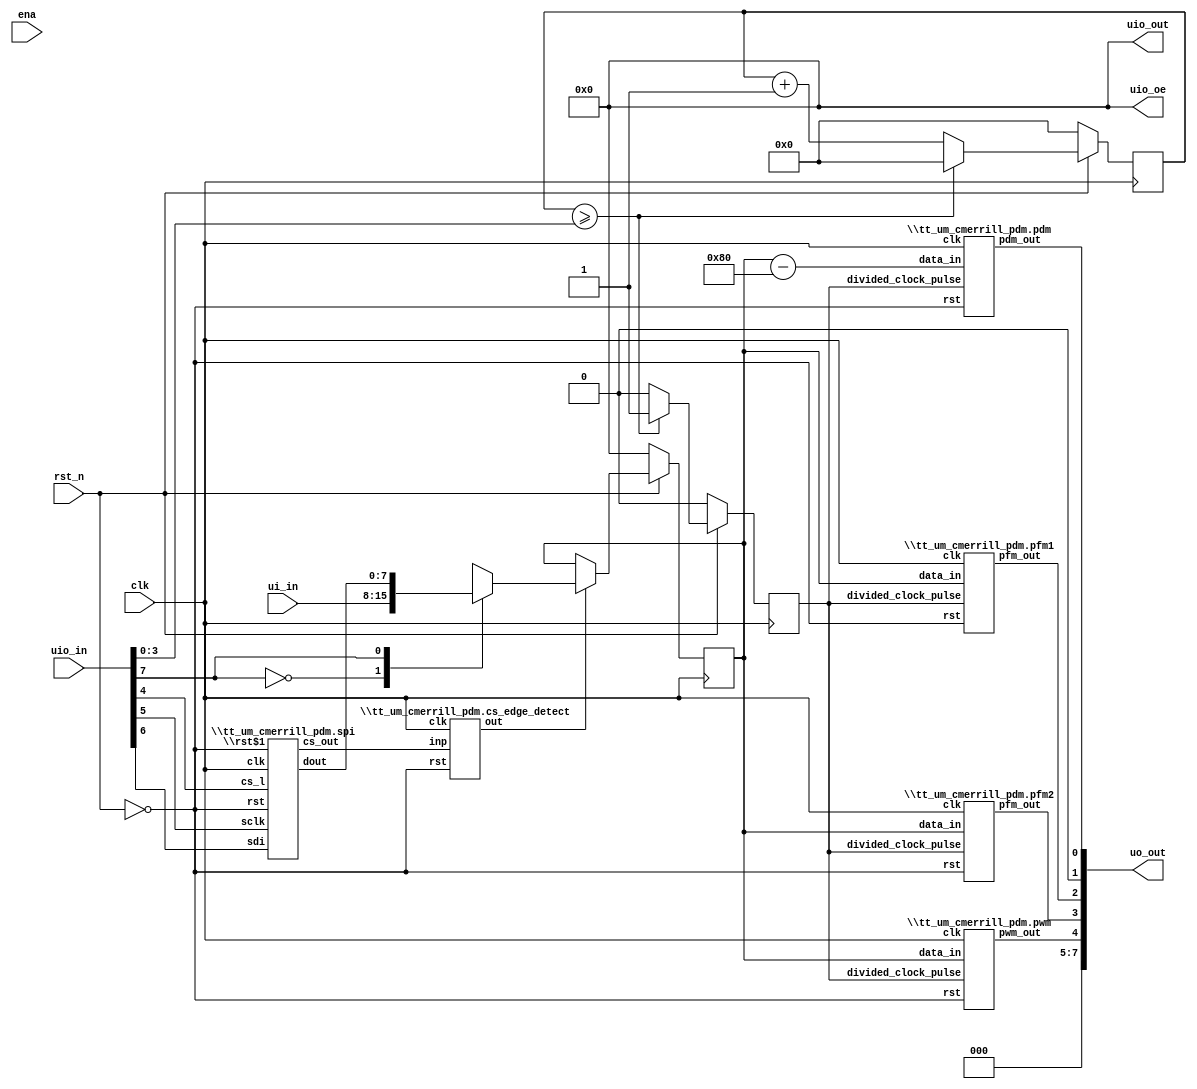
/* Generated by Amaranth Yosys 0.35 (PyPI ver 0.35.0.0.post81, git sha1 cc31c6ebc) */

(* top =  1  *)
(* generator = "Amaranth" *)
module tt_um_cmerrill_pdm(uo_out, uio_in, uio_out, uio_oe, ena, clk, rst_n, ui_in);
  reg \$auto$verilog_backend.cc:2189:dump_module$1  = 0;
  wire [9:0] \$11 ;
  wire [8:0] \$12 ;
  wire [9:0] \$14 ;
  wire \$2 ;
  wire \$4 ;
  wire [4:0] \$6 ;
  wire [4:0] \$7 ;
  wire \$9 ;
  input clk;
  wire clk;
  wire \clk$1 ;
  wire [3:0] clock_div;
  reg [3:0] clock_div_counter = 4'h0;
  reg [3:0] \clock_div_counter$next ;
  wire cs_edge_detect_inp;
  wire cs_edge_detect_out;
  input ena;
  wire ena;
  wire [7:0] pdm_data_in;
  reg pdm_divided_clock_pulse = 1'h0;
  reg \pdm_divided_clock_pulse$next ;
  wire pdm_pdm_out;
  wire [7:0] pfm1_data_in;
  wire pfm1_pfm_out;
  wire [7:0] pfm2_data_in;
  wire pfm2_pfm_out;
  wire [7:0] pwm_data_in;
  wire pwm_pwm_out;
  wire rst;
  input rst_n;
  wire rst_n;
  wire spi_cs_l;
  wire spi_cs_out;
  wire [7:0] spi_dout;
  wire spi_rst;
  wire spi_sclk;
  wire spi_sdi;
  input [7:0] ui_in;
  wire [7:0] ui_in;
  reg [7:0] ui_in_sel = 8'h00;
  reg [7:0] \ui_in_sel$next ;
  reg [7:0] ui_in_sel_mux;
  input [7:0] uio_in;
  wire [7:0] uio_in;
  output [7:0] uio_oe;
  wire [7:0] uio_oe;
  output [7:0] uio_out;
  wire [7:0] uio_out;
  output [7:0] uo_out;
  wire [7:0] uo_out;
  assign \$9  = clock_div_counter >= clock_div;
  assign \$12  = + ui_in_sel;
  assign \$14  = $signed(\$12 ) - $signed(9'h180);
  always @(posedge \clk$1 )
    ui_in_sel <= \ui_in_sel$next ;
  always @(posedge \clk$1 )
    clock_div_counter <= \clock_div_counter$next ;
  always @(posedge \clk$1 )
    pdm_divided_clock_pulse <= \pdm_divided_clock_pulse$next ;
  assign \$2  = ~ rst_n;
  assign \$4  = clock_div_counter >= clock_div;
  assign \$7  = clock_div_counter + 1'h1;
  \tt_um_cmerrill_pdm.cs_edge_detect  cs_edge_detect (
    .clk(\clk$1 ),
    .inp(cs_edge_detect_inp),
    .out(cs_edge_detect_out),
    .rst(rst)
  );
  \tt_um_cmerrill_pdm.pdm  pdm (
    .clk(\clk$1 ),
    .data_in(pdm_data_in),
    .divided_clock_pulse(pdm_divided_clock_pulse),
    .pdm_out(pdm_pdm_out),
    .rst(rst)
  );
  \tt_um_cmerrill_pdm.pfm1  pfm1 (
    .clk(\clk$1 ),
    .data_in(pfm1_data_in),
    .divided_clock_pulse(pdm_divided_clock_pulse),
    .pfm_out(pfm1_pfm_out),
    .rst(rst)
  );
  \tt_um_cmerrill_pdm.pfm2  pfm2 (
    .clk(\clk$1 ),
    .data_in(pfm2_data_in),
    .divided_clock_pulse(pdm_divided_clock_pulse),
    .pfm_out(pfm2_pfm_out),
    .rst(rst)
  );
  \tt_um_cmerrill_pdm.pwm  pwm (
    .clk(\clk$1 ),
    .data_in(pwm_data_in),
    .divided_clock_pulse(pdm_divided_clock_pulse),
    .pwm_out(pwm_pwm_out),
    .rst(rst)
  );
  \tt_um_cmerrill_pdm.spi  spi (
    .clk(\clk$1 ),
    .cs_l(spi_cs_l),
    .cs_out(spi_cs_out),
    .dout(spi_dout),
    .rst(rst),
    .\rst$1 (spi_rst),
    .sclk(spi_sclk),
    .sdi(spi_sdi)
  );
  always @* begin
    if (\$auto$verilog_backend.cc:2189:dump_module$1 ) begin end
    (* full_case = 32'd1 *)
    casez (uio_in[7])
      1'h0:
          ui_in_sel_mux = ui_in;
      1'h1:
          ui_in_sel_mux = spi_dout;
    endcase
  end
  always @* begin
    if (\$auto$verilog_backend.cc:2189:dump_module$1 ) begin end
    \ui_in_sel$next  = ui_in_sel;
    casez (cs_edge_detect_out)
      1'h1:
          \ui_in_sel$next  = ui_in_sel_mux;
    endcase
    casez (rst)
      1'h1:
          \ui_in_sel$next  = 8'h00;
    endcase
  end
  always @* begin
    if (\$auto$verilog_backend.cc:2189:dump_module$1 ) begin end
    (* full_case = 32'd1 *)
    casez (\$4 )
      1'h1:
          \clock_div_counter$next  = 4'h0;
      default:
          \clock_div_counter$next  = \$7 [3:0];
    endcase
    casez (rst)
      1'h1:
          \clock_div_counter$next  = 4'h0;
    endcase
  end
  always @* begin
    if (\$auto$verilog_backend.cc:2189:dump_module$1 ) begin end
    (* full_case = 32'd1 *)
    casez (\$9 )
      1'h1:
          \pdm_divided_clock_pulse$next  = 1'h1;
      default:
          \pdm_divided_clock_pulse$next  = 1'h0;
    endcase
    casez (rst)
      1'h1:
          \pdm_divided_clock_pulse$next  = 1'h0;
    endcase
  end
  assign \$6  = \$7 ;
  assign \$11  = \$14 ;
  assign pfm2_data_in = ui_in_sel;
  assign pfm1_data_in = ui_in_sel;
  assign pwm_data_in = ui_in_sel;
  assign pdm_data_in = \$14 [7:0];
  assign clock_div = uio_in[3:0];
  assign cs_edge_detect_inp = spi_cs_out;
  assign spi_sdi = uio_in[6];
  assign spi_sclk = uio_in[5];
  assign spi_cs_l = uio_in[4];
  assign spi_rst = rst;
  assign uo_out[3] = pfm2_pfm_out;
  assign uo_out[2] = pfm1_pfm_out;
  assign uo_out[4] = pwm_pwm_out;
  assign uo_out[0] = pdm_pdm_out;
  assign { uo_out[7:5], uo_out[1] } = 4'h0;
  assign uio_out = 8'h00;
  assign uio_oe = 8'h00;
  assign rst = \$2 ;
  assign \clk$1  = clk;
endmodule

(* generator = "Amaranth" *)
module \tt_um_cmerrill_pdm.cs_edge_detect (rst, inp, out, clk);
  reg \$auto$verilog_backend.cc:2189:dump_module$2  = 0;
  wire \$1 ;
  wire \$3 ;
  input clk;
  wire clk;
  input inp;
  wire inp;
  reg input_buf = 1'h0;
  reg \input_buf$next ;
  output out;
  wire out;
  input rst;
  wire rst;
  assign \$1  = ~ input_buf;
  assign \$3  = \$1  & inp;
  always @(posedge clk)
    input_buf <= \input_buf$next ;
  always @* begin
    if (\$auto$verilog_backend.cc:2189:dump_module$2 ) begin end
    \input_buf$next  = inp;
    casez (rst)
      1'h1:
          \input_buf$next  = 1'h0;
    endcase
  end
  assign out = \$3 ;
endmodule

(* generator = "Amaranth" *)
module \tt_um_cmerrill_pdm.pdm (rst, divided_clock_pulse, data_in, pdm_out, clk);
  reg \$auto$verilog_backend.cc:2189:dump_module$3  = 0;
  wire [9:0] \$1 ;
  wire \$10 ;
  wire \$12 ;
  wire [8:0] \$2 ;
  wire [9:0] \$4 ;
  wire \$6 ;
  wire \$8 ;
  input clk;
  wire clk;
  input [7:0] data_in;
  wire [7:0] data_in;
  reg [7:0] data_out;
  input divided_clock_pulse;
  wire divided_clock_pulse;
  reg [8:0] error = 9'h000;
  reg [8:0] \error$next ;
  reg [7:0] error_out;
  output pdm_out;
  reg pdm_out = 1'h0;
  reg \pdm_out$next ;
  input rst;
  wire rst;
  assign \$10  = $signed(error_out) >= $signed(8'h00);
  assign \$12  = $signed(error_out) >= $signed(8'h00);
  always @(posedge clk)
    error <= \error$next ;
  always @(posedge clk)
    pdm_out <= \pdm_out$next ;
  assign \$2  = $signed(error_out) - $signed(data_out);
  assign \$4  = $signed(data_in) + $signed(\$2 );
  assign \$6  = $signed(error) > $signed(9'h07f);
  assign \$8  = $signed(error) < $signed(8'h80);
  always @* begin
    if (\$auto$verilog_backend.cc:2189:dump_module$3 ) begin end
    \error$next  = \$4 [8:0];
    casez (divided_clock_pulse)
      1'h0:
          \error$next  = error;
    endcase
    casez (rst)
      1'h1:
          \error$next  = 9'h000;
    endcase
  end
  always @* begin
    if (\$auto$verilog_backend.cc:2189:dump_module$3 ) begin end
    (* full_case = 32'd1 *)
    casez ({ \$8 , \$6  })
      2'b?1:
          error_out = 8'h7f;
      2'b1?:
          error_out = 8'h80;
      default:
          error_out = error[7:0];
    endcase
  end
  always @* begin
    if (\$auto$verilog_backend.cc:2189:dump_module$3 ) begin end
    (* full_case = 32'd1 *)
    casez (\$10 )
      1'h1:
          data_out = 8'h7f;
      default:
          data_out = 8'h80;
    endcase
  end
  always @* begin
    if (\$auto$verilog_backend.cc:2189:dump_module$3 ) begin end
    (* full_case = 32'd1 *)
    casez (\$12 )
      1'h1:
          \pdm_out$next  = 1'h1;
      default:
          \pdm_out$next  = 1'h0;
    endcase
    casez (divided_clock_pulse)
      1'h0:
          \pdm_out$next  = pdm_out;
    endcase
    casez (rst)
      1'h1:
          \pdm_out$next  = 1'h0;
    endcase
  end
  assign \$1  = \$4 ;
endmodule

(* generator = "Amaranth" *)
module \tt_um_cmerrill_pdm.pfm1 (rst, divided_clock_pulse, data_in, pfm_out, clk);
  reg \$auto$verilog_backend.cc:2189:dump_module$4  = 0;
  wire [8:0] \$1 ;
  wire \$10 ;
  wire [8:0] \$12 ;
  wire \$14 ;
  wire \$16 ;
  wire \$18 ;
  wire [8:0] \$2 ;
  wire [9:0] \$20 ;
  wire [9:0] \$21 ;
  wire [8:0] \$4 ;
  wire \$6 ;
  wire \$8 ;
  input clk;
  wire clk;
  input [7:0] data_in;
  wire [7:0] data_in;
  input divided_clock_pulse;
  wire divided_clock_pulse;
  reg [8:0] pfm_counter = 9'h000;
  reg [8:0] \pfm_counter$next ;
  wire [7:0] pfm_in;
  output pfm_out;
  reg pfm_out = 1'h0;
  reg \pfm_out$next ;
  input rst;
  wire rst;
  assign \$10  = \$6  & \$8 ;
  assign \$14  = \$12  >= pfm_in;
  assign \$18  = \$14  & \$16 ;
  assign \$21  = pfm_counter + 1'h1;
  always @(posedge clk)
    pfm_out <= \pfm_out$next ;
  always @(posedge clk)
    pfm_counter <= \pfm_counter$next ;
  assign \$2  = 8'hff - data_in;
  assign \$6  = \$4  >= pfm_in;
  always @* begin
    if (\$auto$verilog_backend.cc:2189:dump_module$4 ) begin end
    (* full_case = 32'd1 *)
    casez (\$10 )
      1'h1:
          \pfm_out$next  = 1'h1;
      default:
          \pfm_out$next  = 1'h0;
    endcase
    casez (divided_clock_pulse)
      1'h0:
          \pfm_out$next  = pfm_out;
    endcase
    casez (rst)
      1'h1:
          \pfm_out$next  = 1'h0;
    endcase
  end
  always @* begin
    if (\$auto$verilog_backend.cc:2189:dump_module$4 ) begin end
    (* full_case = 32'd1 *)
    casez (\$18 )
      1'h1:
          \pfm_counter$next  = 9'h000;
      default:
          \pfm_counter$next  = \$21 [8:0];
    endcase
    casez (divided_clock_pulse)
      1'h0:
          \pfm_counter$next  = pfm_counter;
    endcase
    casez (rst)
      1'h1:
          \pfm_counter$next  = 9'h000;
    endcase
  end
  assign \$1  = \$2 ;
  assign \$20  = \$21 ;
  assign pfm_in = \$2 [7:0];
  assign \$4  = { 1'h0, pfm_counter[8:1] };
  assign \$8  = pfm_counter[0];
  assign \$12  = { 1'h0, pfm_counter[8:1] };
  assign \$16  = pfm_counter[0];
endmodule

(* generator = "Amaranth" *)
module \tt_um_cmerrill_pdm.pfm2 (rst, divided_clock_pulse, data_in, pfm_out, clk);
  reg \$auto$verilog_backend.cc:2189:dump_module$5  = 0;
  wire [9:0] \$1 ;
  wire \$10 ;
  wire [9:0] \$12 ;
  wire [9:0] \$13 ;
  wire [8:0] \$2 ;
  wire [9:0] \$4 ;
  wire [8:0] \$6 ;
  wire \$8 ;
  input clk;
  wire clk;
  input [7:0] data_in;
  wire [7:0] data_in;
  input divided_clock_pulse;
  wire divided_clock_pulse;
  reg [8:0] pfm2_counter = 9'h000;
  reg [8:0] \pfm2_counter$next ;
  wire [8:0] pfm2_in;
  output pfm_out;
  reg pfm_out = 1'h0;
  reg \pfm_out$next ;
  input rst;
  wire rst;
  assign \$10  = pfm2_counter > pfm2_in;
  assign \$13  = pfm2_counter + 1'h1;
  always @(posedge clk)
    pfm_out <= \pfm_out$next ;
  always @(posedge clk)
    pfm2_counter <= \pfm2_counter$next ;
  assign \$2  = 8'hff - data_in;
  assign \$8  = pfm2_counter >= \$6 ;
  always @* begin
    if (\$auto$verilog_backend.cc:2189:dump_module$5 ) begin end
    (* full_case = 32'd1 *)
    casez (\$8 )
      1'h1:
          \pfm_out$next  = 1'h1;
      default:
          \pfm_out$next  = 1'h0;
    endcase
    casez (divided_clock_pulse)
      1'h0:
          \pfm_out$next  = pfm_out;
    endcase
    casez (rst)
      1'h1:
          \pfm_out$next  = 1'h0;
    endcase
  end
  always @* begin
    if (\$auto$verilog_backend.cc:2189:dump_module$5 ) begin end
    (* full_case = 32'd1 *)
    casez (\$10 )
      1'h1:
          \pfm2_counter$next  = 9'h000;
      default:
          \pfm2_counter$next  = \$13 [8:0];
    endcase
    casez (divided_clock_pulse)
      1'h0:
          \pfm2_counter$next  = pfm2_counter;
    endcase
    casez (rst)
      1'h1:
          \pfm2_counter$next  = 9'h000;
    endcase
  end
  assign \$1  = \$4 ;
  assign \$12  = \$13 ;
  assign pfm2_in = \$4 [8:0];
  assign \$4  = { \$2 , 1'h0 };
  assign \$6  = { 1'h0, \$4 [8:1] };
endmodule

(* generator = "Amaranth" *)
module \tt_um_cmerrill_pdm.pwm (rst, divided_clock_pulse, data_in, pwm_out, clk);
  reg \$auto$verilog_backend.cc:2189:dump_module$6  = 0;
  wire \$1 ;
  wire \$3 ;
  wire [8:0] \$5 ;
  wire [8:0] \$6 ;
  input clk;
  wire clk;
  reg [7:0] data_buffer = 8'h00;
  reg [7:0] \data_buffer$next ;
  input [7:0] data_in;
  wire [7:0] data_in;
  input divided_clock_pulse;
  wire divided_clock_pulse;
  reg [7:0] pwm_counter = 8'h00;
  reg [7:0] \pwm_counter$next ;
  output pwm_out;
  reg pwm_out = 1'h0;
  reg \pwm_out$next ;
  input rst;
  wire rst;
  always @(posedge clk)
    pwm_counter <= \pwm_counter$next ;
  assign \$1  = ! pwm_counter;
  assign \$3  = pwm_counter <= data_buffer;
  assign \$6  = pwm_counter + 1'h1;
  always @(posedge clk)
    data_buffer <= \data_buffer$next ;
  always @(posedge clk)
    pwm_out <= \pwm_out$next ;
  always @* begin
    if (\$auto$verilog_backend.cc:2189:dump_module$6 ) begin end
    \data_buffer$next  = data_buffer;
    casez (\$1 )
      1'h1:
          \data_buffer$next  = data_in;
    endcase
    casez (divided_clock_pulse)
      1'h0:
          \data_buffer$next  = data_buffer;
    endcase
    casez (rst)
      1'h1:
          \data_buffer$next  = 8'h00;
    endcase
  end
  always @* begin
    if (\$auto$verilog_backend.cc:2189:dump_module$6 ) begin end
    (* full_case = 32'd1 *)
    casez (\$3 )
      1'h1:
          \pwm_out$next  = 1'h1;
      default:
          \pwm_out$next  = 1'h0;
    endcase
    casez (divided_clock_pulse)
      1'h0:
          \pwm_out$next  = pwm_out;
    endcase
    casez (rst)
      1'h1:
          \pwm_out$next  = 1'h0;
    endcase
  end
  always @* begin
    if (\$auto$verilog_backend.cc:2189:dump_module$6 ) begin end
    \pwm_counter$next  = \$6 [7:0];
    casez (divided_clock_pulse)
      1'h0:
          \pwm_counter$next  = pwm_counter;
    endcase
    casez (rst)
      1'h1:
          \pwm_counter$next  = 8'h00;
    endcase
  end
  assign \$5  = \$6 ;
endmodule

(* generator = "Amaranth" *)
module \tt_um_cmerrill_pdm.spi (rst, \rst$1 , cs_l, sclk, sdi, cs_out, dout, clk);
  reg \$auto$verilog_backend.cc:2189:dump_module$7  = 0;
  wire \$2 ;
  input clk;
  wire clk;
  input cs_l;
  wire cs_l;
  output cs_out;
  wire cs_out;
  output [7:0] dout;
  wire [7:0] dout;
  input rst;
  wire rst;
  input \rst$1 ;
  wire \rst$1 ;
  input sclk;
  wire sclk;
  input sdi;
  wire sdi;
  wire spi_clk;
  reg [7:0] spi_data_cdc_spi_data_live = 8'h00;
  reg [7:0] \spi_data_cdc_spi_data_live$next ;
  wire spi_rst;
  assign \$2  = ~ cs_l;
  always @(posedge spi_clk, posedge spi_rst)
    if (spi_rst) spi_data_cdc_spi_data_live <= 8'h00;
    else spi_data_cdc_spi_data_live <= \spi_data_cdc_spi_data_live$next ;
  \tt_um_cmerrill_pdm.spi.spi_cs_cdc  spi_cs_cdc (
    .clk(clk),
    .cs_l(cs_l),
    .cs_out(cs_out),
    .rst(rst)
  );
  \tt_um_cmerrill_pdm.spi.spi_data_cdc  spi_data_cdc (
    .clk(clk),
    .dout(dout),
    .rst(rst),
    .spi_data_live(spi_data_cdc_spi_data_live)
  );
  always @* begin
    if (\$auto$verilog_backend.cc:2189:dump_module$7 ) begin end
    \spi_data_cdc_spi_data_live$next  = spi_data_cdc_spi_data_live;
    casez (\$2 )
      1'h1:
        begin
          \spi_data_cdc_spi_data_live$next [7:1] = spi_data_cdc_spi_data_live[6:0];
          \spi_data_cdc_spi_data_live$next [0] = sdi;
        end
    endcase
    casez (spi_rst)
      1'h1:
          \spi_data_cdc_spi_data_live$next  = 8'h00;
    endcase
  end
  assign spi_rst = \rst$1 ;
  assign spi_clk = sclk;
endmodule

(* generator = "Amaranth" *)
module \tt_um_cmerrill_pdm.spi.spi_cs_cdc (rst, cs_l, cs_out, clk);
  reg \$auto$verilog_backend.cc:2189:dump_module$8  = 0;
  input clk;
  wire clk;
  input cs_l;
  wire cs_l;
  output cs_out;
  wire cs_out;
  input rst;
  wire rst;
  reg stage0 = 1'h0;
  reg \stage0$next ;
  reg stage1 = 1'h0;
  reg \stage1$next ;
  always @(posedge clk)
    stage0 <= \stage0$next ;
  always @(posedge clk)
    stage1 <= \stage1$next ;
  always @* begin
    if (\$auto$verilog_backend.cc:2189:dump_module$8 ) begin end
    \stage0$next  = cs_l;
    casez (rst)
      1'h1:
          \stage0$next  = 1'h0;
    endcase
  end
  always @* begin
    if (\$auto$verilog_backend.cc:2189:dump_module$8 ) begin end
    \stage1$next  = stage0;
    casez (rst)
      1'h1:
          \stage1$next  = 1'h0;
    endcase
  end
  assign cs_out = stage1;
endmodule

(* generator = "Amaranth" *)
module \tt_um_cmerrill_pdm.spi.spi_data_cdc (rst, dout, spi_data_live, clk);
  reg \$auto$verilog_backend.cc:2189:dump_module$9  = 0;
  input clk;
  wire clk;
  output [7:0] dout;
  wire [7:0] dout;
  input rst;
  wire rst;
  input [7:0] spi_data_live;
  wire [7:0] spi_data_live;
  reg [7:0] stage0 = 8'h00;
  reg [7:0] \stage0$next ;
  reg [7:0] stage1 = 8'h00;
  reg [7:0] \stage1$next ;
  always @(posedge clk)
    stage0 <= \stage0$next ;
  always @(posedge clk)
    stage1 <= \stage1$next ;
  always @* begin
    if (\$auto$verilog_backend.cc:2189:dump_module$9 ) begin end
    \stage0$next  = spi_data_live;
    casez (rst)
      1'h1:
          \stage0$next  = 8'h00;
    endcase
  end
  always @* begin
    if (\$auto$verilog_backend.cc:2189:dump_module$9 ) begin end
    \stage1$next  = stage0;
    casez (rst)
      1'h1:
          \stage1$next  = 8'h00;
    endcase
  end
  assign dout = stage1;
endmodule